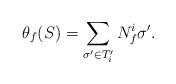
\begin{align*}\theta_f(S)=\sum_{\sigma' \in T_i'} N_f^i\sigma'.\end{align*}